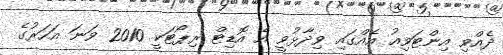
ދެއްވި އިންޓަވިއު އެއްގައި ވިދާޅުވީ އެ އޮޑިޓް ރިޕޯޓަކީ 2010 ވަނަ އަހަރުގެ